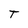
Character: T